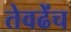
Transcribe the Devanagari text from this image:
तेवढेंच